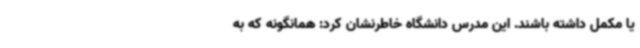
یا مکمل داشته باشند. این مدرس دانشگاه خاطرنشان کرد: همانگونه که به